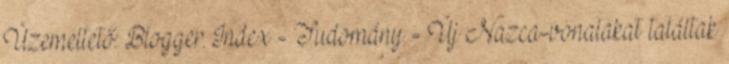
Üzemeltető: Blogger. Index - Tudomány - Új Nazca-vonalakat találtak